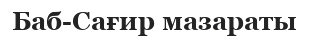
Баб-Сағир мазараты